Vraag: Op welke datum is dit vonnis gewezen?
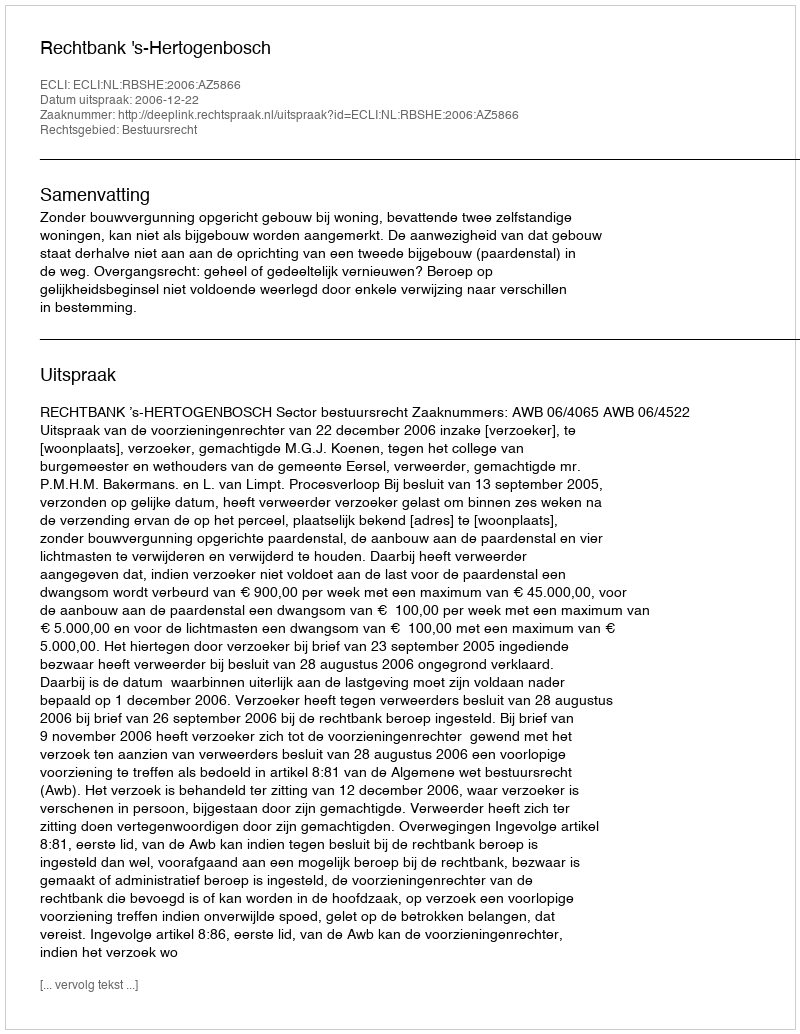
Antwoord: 2006-12-22